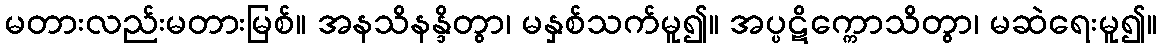
မတားလည်းမတားမြစ်။ အနသိနန္ဒိတွာ၊ မနှစ်သက်မူ၍။ အပ္ပဋိက္ကောသိတွာ၊ မဆဲရေးမူ၍။